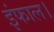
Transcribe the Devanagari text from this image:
इंफाल।